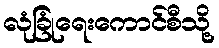
လုံခြုံရေးကောင်စီသို့